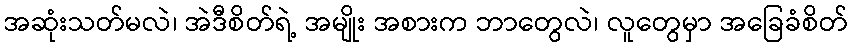
အဆုံးသတ်မလဲ၊ အဲဒီစိတ်ရဲ့ အမျိုး အစားက ဘာတွေလဲ၊ လူတွေမှာ အခြေခံစိတ်